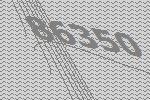
86350